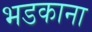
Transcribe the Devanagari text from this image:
भडकाना